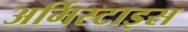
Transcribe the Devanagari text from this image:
अर्मिस्टाइस